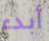
أبدء